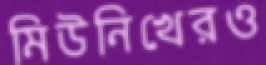
মিউনিখেরও